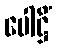
ပေါဋ္ဌိံ